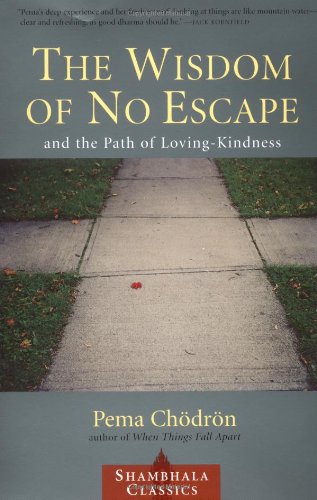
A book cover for The Wisdom of No Escape and the Path of Loving-Kindness; Pema Chodron; Health, Fitness & Dieting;